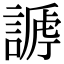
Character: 𧪥